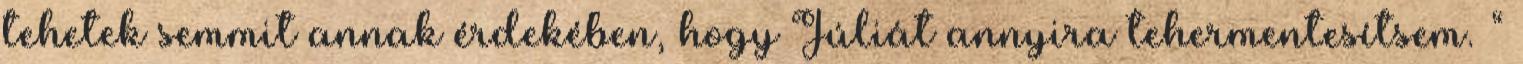
tehetek semmit annak érdekében, hogy Júliát annyira tehermentesítsem. “